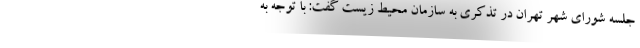
جلسه شورای شهر تهران در تذکری به سازمان محیط زیست گفت: با توجه به